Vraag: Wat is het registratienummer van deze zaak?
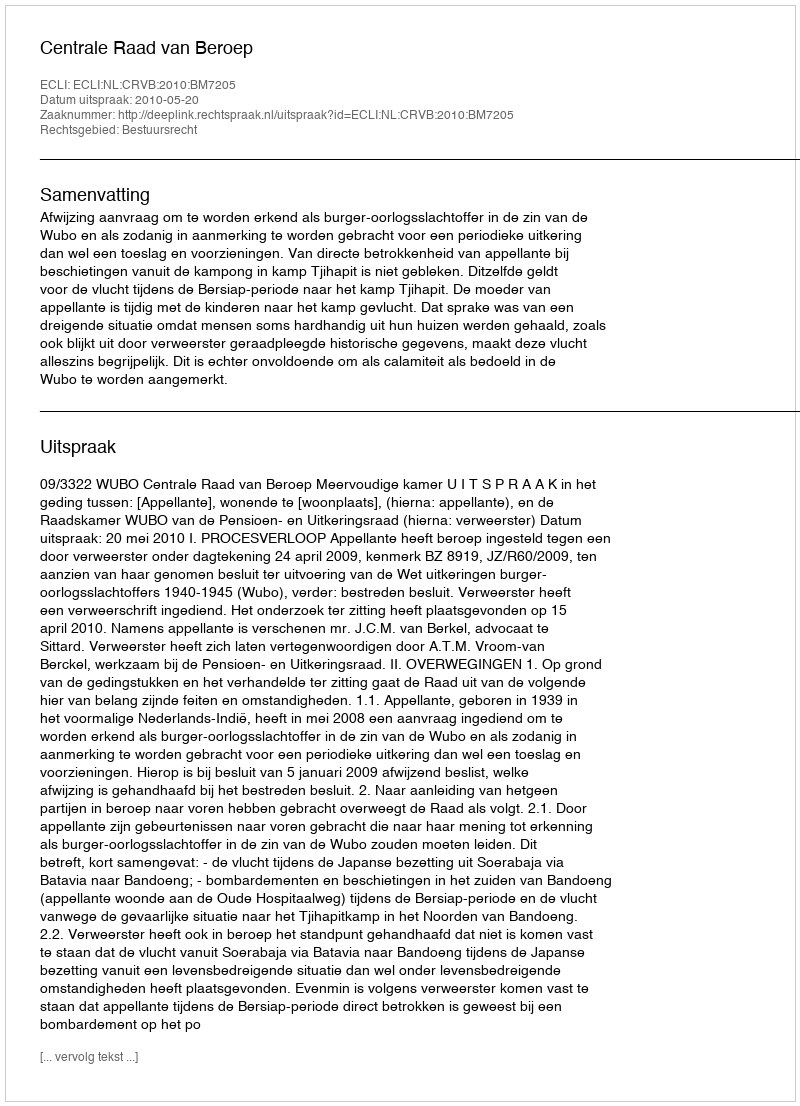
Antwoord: http://deeplink.rechtspraak.nl/uitspraak?id=ECLI:NL:CRVB:2010:BM7205